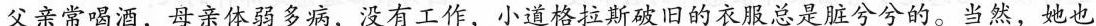
父亲常喝酒，母亲体弱多病，没有工作，小道格拉斯破旧的衣服总是脏兮兮的。当然，她也